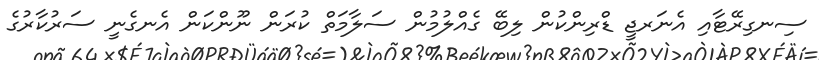
ސިނގިރޭޓާއި އެނަރޖީ ޑްރިންކުން ލިބޭ ގެއްލުމުން ސަލާމަތް ކުރަން ނޫންކަން އެނގެނީ ސަރުކާރުގެ